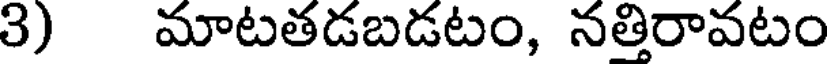
3) మాటతడబడటం, నత్తిరావటం